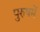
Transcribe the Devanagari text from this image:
पुरुषमें